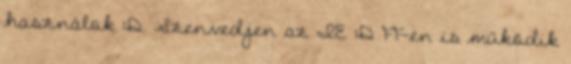
használok :D. Szenvedjen az IE :D FF-en is működik